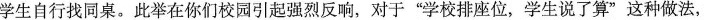
学生自行找同桌。此举在你们校园引起强烈反响，对于”学校排座位，学生说了算”这种做法，